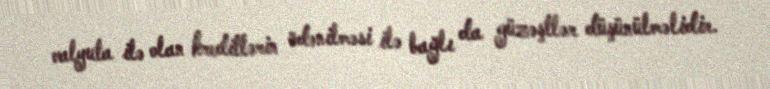
valyuta ilə olan kreditlərin ödənilməsi ilə bağlı da güzəştlər düşünülməlidir.